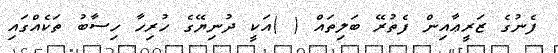
ފެނުގެ ޒަރީޢާއިން ފެތުރޭ ބަލިތައް ( )އަކީ ދުނިޔޭގެ ހުރިހާ ހިސާބު ތަކެއްގައި